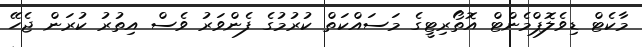
މާކެޓް ޑިވެލޮޕްމެންޓް އޮތޯރިޓީގެ މަސައްކަތް ކުރުމުގެ ފެންވަރު ވެސް އިތުރު ކުރަން ޖެހޭ